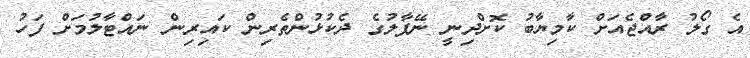
އެ ގޯލު ރާއްޖެއަށް ކާމިޔާބު ކޮށްދިނީ ނޭޕާލުގެ ދެކުޅުންތެރިން ކައިރިން ނައްޓާލުމަށް ފަހު